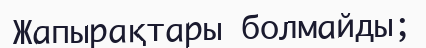
Жапырақтары болмайды;